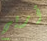
أريح